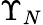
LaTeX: \Upsilon_{N}